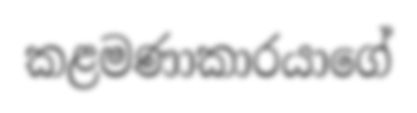
කළමණාකාරයාගේ